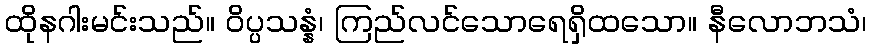
ထိုနဂါးမင်းသည်။ ဝိပ္ပသန္နံ၊ ကြည်လင်သောရေရှိထသော။ နီလောဘသံ၊